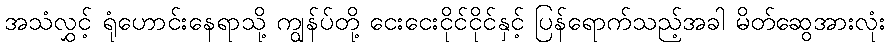
အသံလွှင့် ရုံဟောင်းနေရာသို့ ကျွန်ပ်တို့ ငေးငေးငိုင်ငိုင်နှင့် ပြန်ရောက်သည့်အခါ မိတ်ဆွေအားလုံး